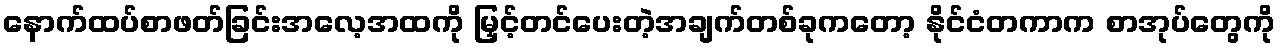
နောက်ထပ်စာဖတ်ခြင်းအလေ့အထကို မြှင့်တင်ပေးတဲ့အချက်တစ်ခုကတော့ နိုင်ငံတကာက စာအုပ်တွေကို